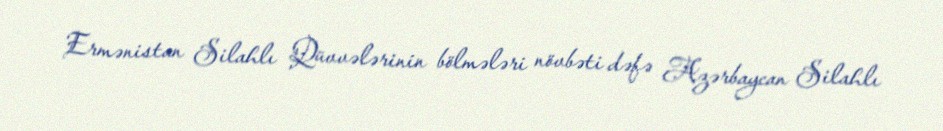
Ermənistan Silahlı Qüvvələrinin bölmələri növbəti dəfə Azərbaycan Silahlı